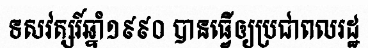
ទសវត្សរ៍ឆ្នាំ១៩៩០ បានធ្វើឲ្យប្រជាពលរដ្ឋ